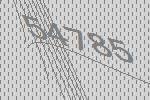
54785